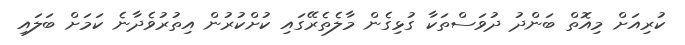
ކުރިއަށް މިއޮތް ބަންދު ދުވަސްތަކާ ގުޅިގެން މާލެތެރޭގައި ކުށްކުރުން އިތުރުވެދާނެ ކަމަށް ބަލައި